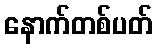
နောက်တစ်ပတ်